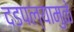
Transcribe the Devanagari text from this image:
दडपल्यामुळे